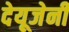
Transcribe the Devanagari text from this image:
देयूजेनी